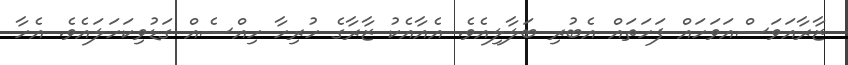
ޒާރާއަވަސްއަވަހައް ފަހަތައް އެބުރި ބަލާލިއެވެ. އެއާއެކު ޒާރާގެ ހުރިހާ ހިއްސެއް ގަޑުވިކަހަލައެވެ. އެހާ